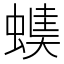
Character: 𧏂